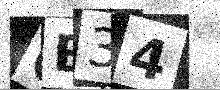
Text: QB34